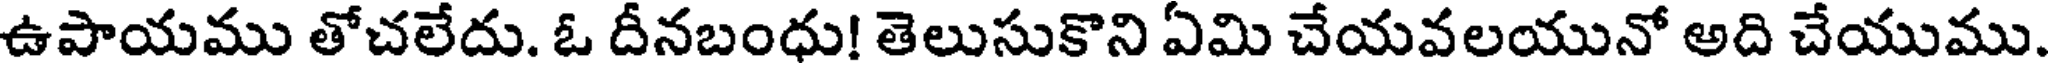
ఉపాయము తోచలేదు. ఓ దీనబంధు! తెలుసుకొని ఏమి చేయవలయునో అది చేయుము.